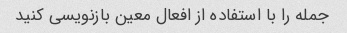
جمله را با استفاده از افعال معین بازنویسی کنید